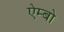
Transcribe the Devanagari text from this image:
ऐम्बो